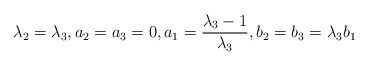
\begin{align*} \lambda_2=\lambda_3, a_2=a_3=0, a_1=\frac{\lambda_3-1}{\lambda_3}, b_2=b_3=\lambda_3b_1\end{align*}